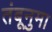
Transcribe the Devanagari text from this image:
तंबूनुमा